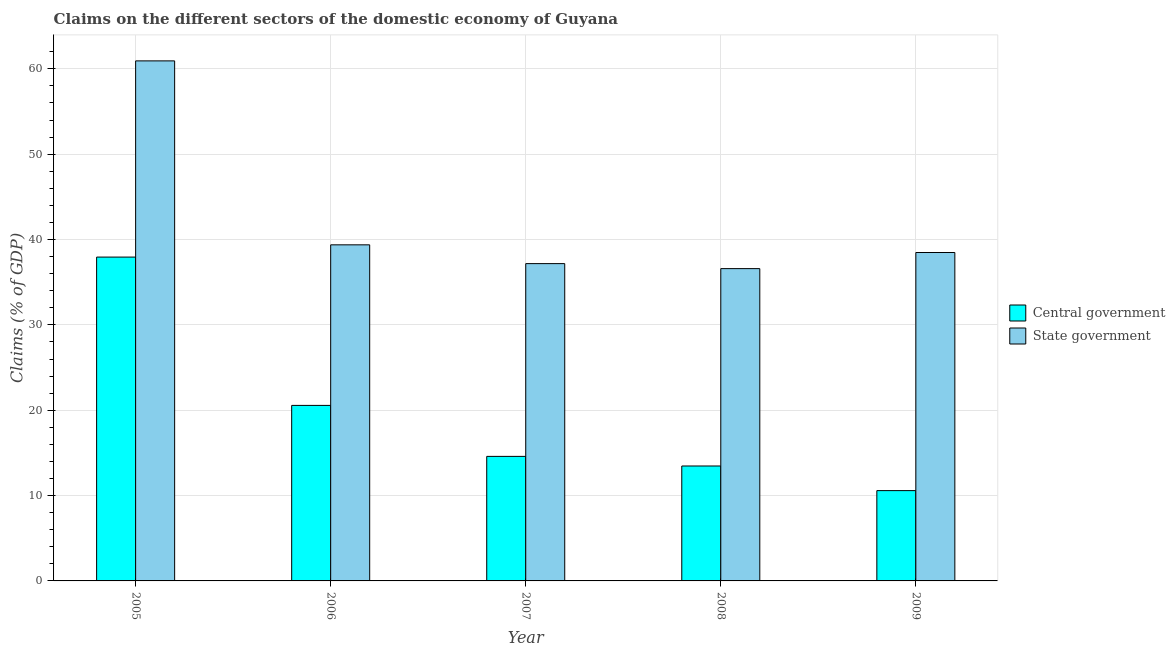
| Year | Central government | State government |
 | --- | --- | --- |
 | 2005 | 37.9 | 60.9 |
 | 2006 | 20.6 | 39.4 |
 | 2007 | 14.6 | 37.2 |
 | 2008 | 13.5 | 36.6 |
 | 2009 | 10.6 | 38.5 |